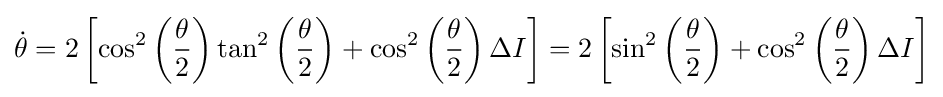
{\dot {\theta }}=2\left[\cos ^{2}\left({\frac {\theta }{2}}\right)\tan ^{2}\left({\frac {\theta }{2}}\right)+\cos ^{2}\left({\frac {\theta }{2}}\right)\Delta I\right]=2\left[\sin ^{2}\left({\frac {\theta }{2}}\right)+\cos ^{2}\left({\frac {\theta }{2}}\right)\Delta I\right]